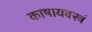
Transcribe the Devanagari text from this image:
काषायवस्त्रं